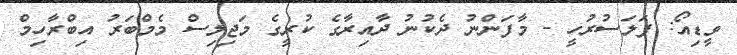
ވީޑިއޯ: ފަލަސުރުހީ - މާފަންނު ދެކުނު ދާއިރާގެ ކުރީގެ މަޖިލިސް މެމްބަރު އިބްރާހިމް